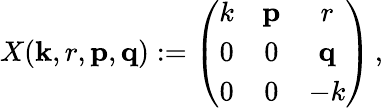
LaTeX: X(\mathbf{k},r,{\mathbf{p}},{\mathbf{q}}):=\left(\begin{array}{ccc}{{k}}&{{{\mathbf p}}}&{{r}}\\ {{0}}&{{0}}&{{{\mathbf q}}}\\ {{0}}&{{0}}&{{-k}}\end{array}\right)\, ,